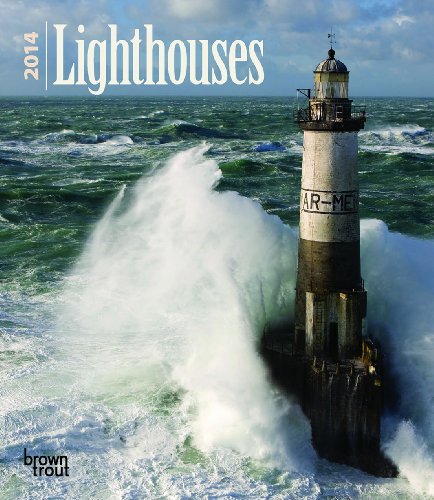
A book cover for Lighthouses 2014 Calendar (Multilingual Edition); Calendars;